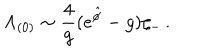
{ \Lambda _ { ( 0 ) } \sim { \frac { 4 } { g } } ( e ^ { \hat { \phi } } - g ) \zeta _ { - } \, . }